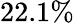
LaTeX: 22.1\%